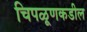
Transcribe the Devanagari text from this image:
चिपळूणकडील